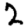
Digit: 2